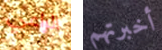
الراعي أخبرتهم